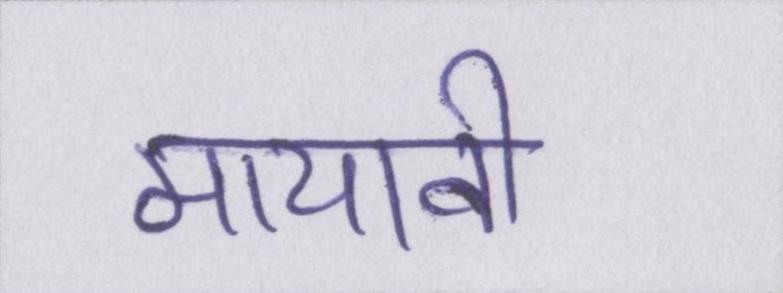
मायावी